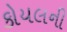
કોયલની